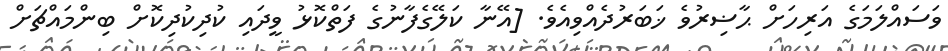
ވަސައްލަމަގެ އަރިހަށް ޙާޟިރުވެ ޚަބަރުދެއްވިއެވެ. [އޭނާ ކަލޭގެފާނުގެ ފަތްކޮޅު ވީދައި ކުދިކުދިކޮށް ބިންމައްޗަށް